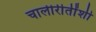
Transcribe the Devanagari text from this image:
चालीरीतींशी